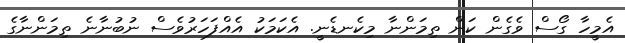
އެމީހާ ގޯސް ވެގެން ކަން ތިމަންނާ މިކެނޑެނީ. އެކަމަކު އެއްފަހަރުވެސް ނުބުނާނެ ތިމަންނާގެ